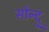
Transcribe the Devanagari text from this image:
सोन्द्रु